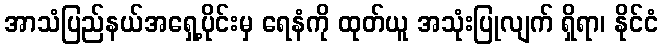
အာသံပြည်နယ်အရှေ့ပိုင်းမှ ရေနံကို ထုတ်ယူ အသုံးပြုလျက် ရှိရာ၊ နိုင်ငံ